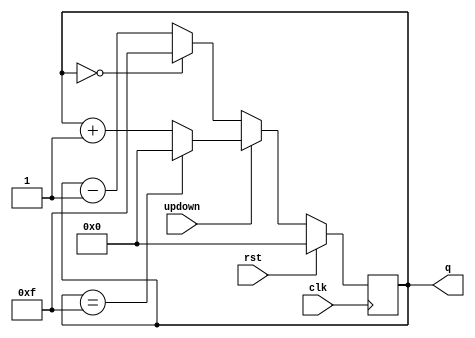
module updowncounter(rst,clk,q,updown);
	input rst,clk,updown;
	output reg[3:0]q;
	
	always @(posedge clk)
		begin
			if(rst)
				q<=0;
			else
				if(updown)
					if(q==15)
						q<=0;
					else
						q<=q+1;
				else
					if(q==0)
						q<=15;
					else
						q<=q-1;
		end
endmodule